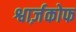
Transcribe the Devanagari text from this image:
श्वार्ज़कोफ